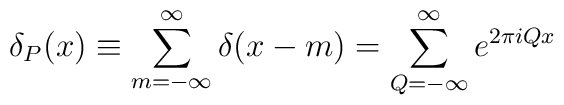
\delta_P(x)\equiv \sum_{m=-\infty}^\infty \delta (x-m) =\sum_{Q=-\infty}^\infty e^{2\pi iQx}